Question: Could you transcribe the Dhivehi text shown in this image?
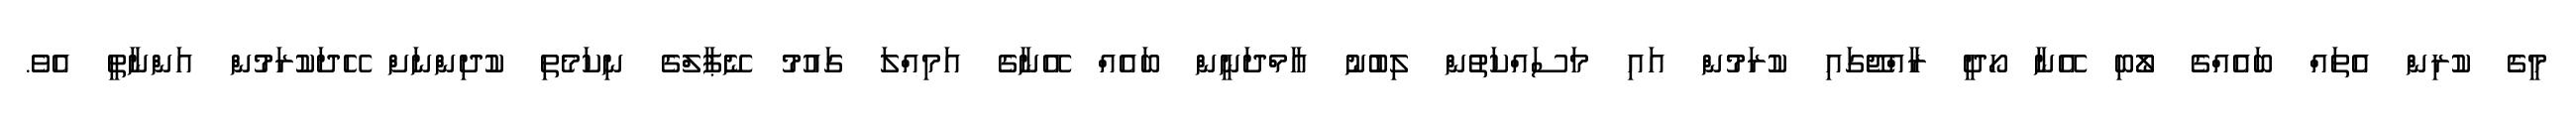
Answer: މީގެ ކުރިން އެތައް ބައެއްގެ ލޯބި އޭނާ ހޯދީ ރާއްޖޭގައި ކުރަމުން އައި މަސައްކަތުން ލިބުނު އާމްދަނީން ބައެއް އޭނާގެ އަމިއްލަ ގައުމު ނޭޕާލްގެ ނިކަމެތި ކުދިންނަށް ހޭދަކުރަމުން އަންނާތީ އެވެ.